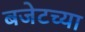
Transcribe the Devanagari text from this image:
बजेटच्या